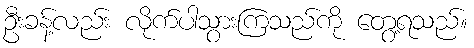
ဦးခန့်လည်း လိုက်ပါသွားကြသည်ကို တွေ့ရသည်။